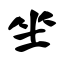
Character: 坐